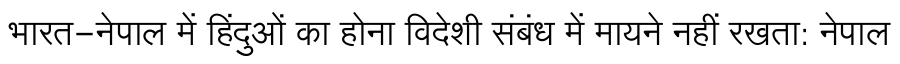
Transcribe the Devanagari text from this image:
भारत-नेपाल में हिंदुओं का होना विदेशी संबंध में मायने नहीं रखता: नेपाल